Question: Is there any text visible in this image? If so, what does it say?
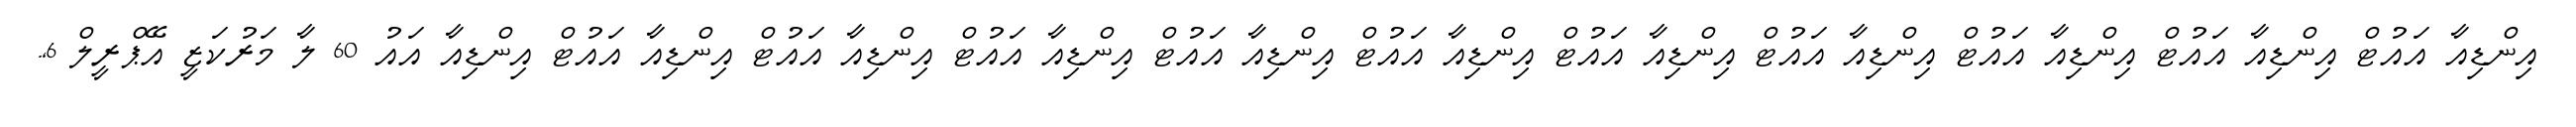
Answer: އިންޑިއާ އައުޓް އިންޑިއާ އައުޓް އިންޑިއާ އައުޓް އިންޑިއާ އައުޓް އިންޑިއާ އައުޓް އިންޑިއާ އައުޓް އިންޑިއާ އައުޓް އިންޑިއާ އައުޓް އިންޑިއާ އައުޓް އިންޑިއާ އައުޓް އިންޑިއާ އައު 60 ލާ މަރުކަޒީ އޭޕްރީލް 6,.